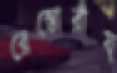
রেস্তোরাঁয়